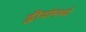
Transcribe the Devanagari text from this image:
द्वीपांमध्ये